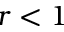
r < 1